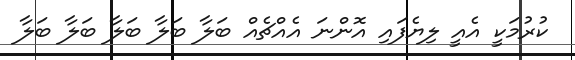
ކުރުމަކީ އެއީ ލިޔެފައި އޮންނަ އެއްޗެއް ބަލާ ބަލާ ބަލާ ބަލާ ބަލާ